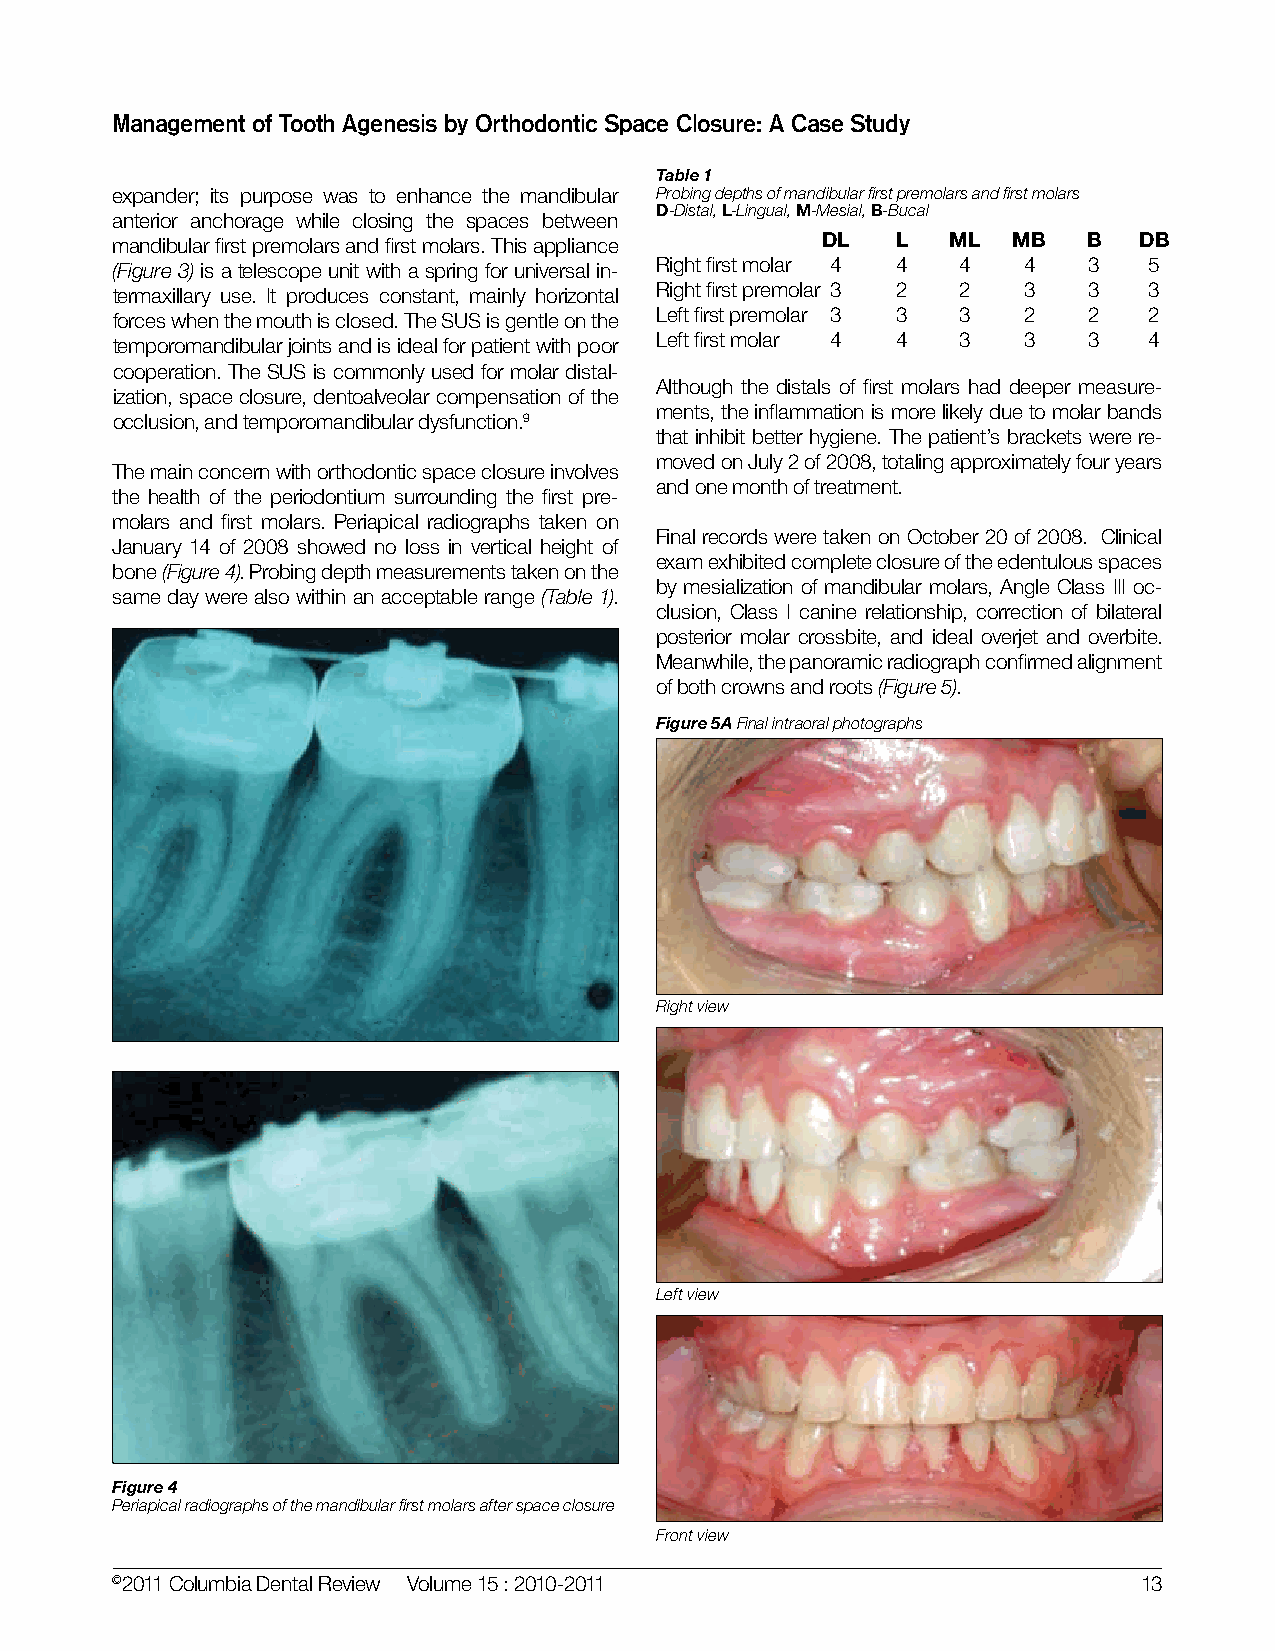
Management of Tooth Agenesis by Orthodontic Space Closure: A Case Study
 Table 1
 expander; its purpose was to enhance the mandibular Probing depths of mandibular first premolars and first molars
 D-Distal, L-Lingual, M-Mesial, B-Bucal
 anterior anchorage while closing the spaces between
 mandibular first premolars and first molars. This appliance DL L ML MB B DB
 (Figure 3) is a telescope unit with a spring for universal in- Right first molar 4 4 4 4 3 5
 termaxillary use. It produces constant, mainly horizontal Right first premolar 3 2 2 3 3 3
 forces when the mouth is closed. The SUS is gentle on the Left first premolar 3 3 3 2 2 2
 temporomandibular joints and is ideal for patient with poor Left first molar 4 4 3 3 3 4
 cooperation. The SUS is commonly used for molar distal-
 Although the distals of first molars had deeper measure-
 ization, space closure, dentoalveolar compensation of the
 ments, the inflammation is more likely due to molar bands
 occlusion, and temporomandibular dysfunction.9
 that inhibit better hygiene. The patient’s brackets were re-
 moved on July 2 of 2008, totaling approximately four years
 The main concern with orthodontic space closure involves
 and one month of treatment.
 the health of the periodontium surrounding the first pre-
 molars and first molars. Periapical radiographs taken on
 Final records were taken on October 20 of 2008. Clinical
 January 14 of 2008 showed no loss in vertical height of
 exam exhibited complete closure of the edentulous spaces
 bone (Figure 4). Probing depth measurements taken on the
 by mesialization of mandibular molars, Angle Class III oc-
 same day were also within an acceptable range (Table 1).
 clusion, Class I canine relationship, correction of bilateral
 posterior molar crossbite, and ideal overjet and overbite.
 Meanwhile, the panoramic radiograph confirmed alignment
 of both crowns and roots (Figure 5).
 Figure 5A Final intraoral photographs
 Right view
 Left view
 Figure 4
 Periapical radiographs of the mandibular first molars after space closure
 Front view
 ©2011 Columbia Dental Review Volume 15 : 2010-2011                   13